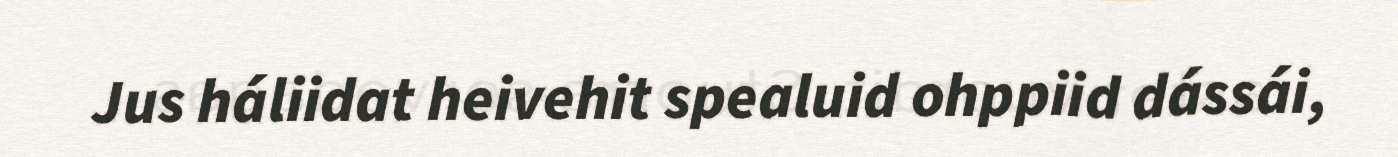
Jus háliidat heivehit spealuid ohppiid dássái,